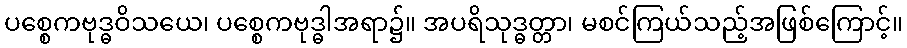
ပစ္စေကဗုဒ္ဓဝိသယေ၊ ပစ္စေကဗုဒ္ဓါအရာ၌။ အပရိသုဒ္ဓတ္တာ၊ မစင်ကြယ်သည့်အဖြစ်ကြောင့်။